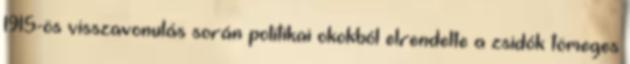
1915-ös visszavonulás során politikai okokból elrendelte a zsidók tömeges